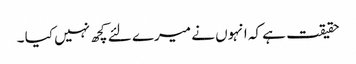
حقیقت ہے کہ انہوں نے میرے لئے کچھ نہیں کیا ۔